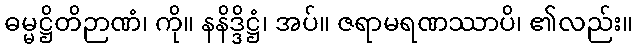
ဓမ္မဋ္ဌိတိဉာဏံ၊ ကို။ နနိဒ္ဒိဋ္ဌံ၊ အပ်။ ဇရာမရဏဿာပိ၊ ၏လည်း။